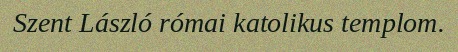
Szent László római katolikus templom.